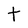
Character: t